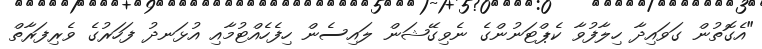
"އެގޮތުން ގަވައިދާ ހިލާފުވާ ކެޕްޓަނުންގެ ނެވިގޭޝަން ލައިސެން ހިފެހެއްޓުމާއި އުޅަނދު ފަހަރުގެ ވެރިފަރާތް